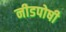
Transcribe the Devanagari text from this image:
नीडपोषी